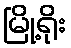
မြို့ရိုး